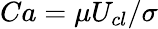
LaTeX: Ca=\mu U_{cl}/\sigma